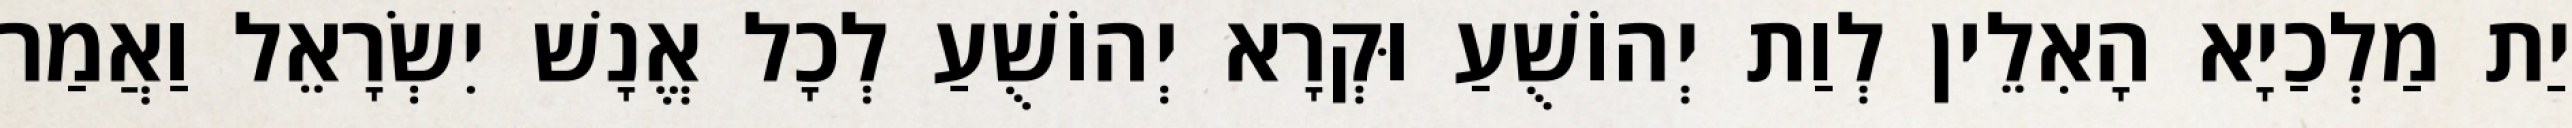
יַת מַלְכַיָא הָאִלֵין לְוַת יְהוֹשֻׁעַ וּקְרָא יְהוֹשֻׁעַ לְכָל אֱנָשׁ יִשְׂרָאֵל וַאֲמַר